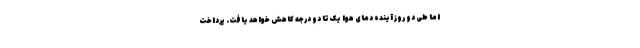
اما طی دو روز آینده دمای هوا یک تا دو درجه کاهش خواهد یافت. پرداخت